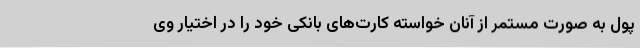
پول به صورت مستمر از آنان خواسته کارت‌های بانکی خود را در اختیار وی